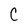
Character: C